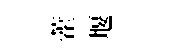
藿堰